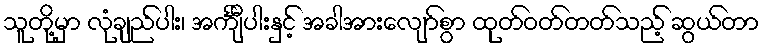
သူတို့မှာ လုံချည်ပါး၊ အင်္ကျီပါးနှင့် အခါအားလျော်စွာ ထုတ်ဝတ်တတ်သည့် ဆွယ်တာ